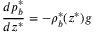
\frac { d p _ { b } ^ { * } } { d z ^ { * } } = - \rho _ { b } ^ { * } ( z ^ { * } ) g